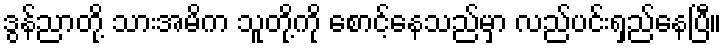
ဒွန်ညာတို့ သားအမိက သူတို့ကို စောင့်နေသည်မှာ လည်ပင်းရှည်နေပြီ။